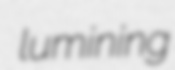
lumining